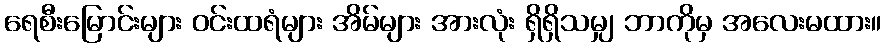
ရေစီးမြောင်းများ ဝင်းထရံများ အိမ်များ အားလုံး ရှိရှိသမျှ ဘာကိုမှ အလေးမထား။